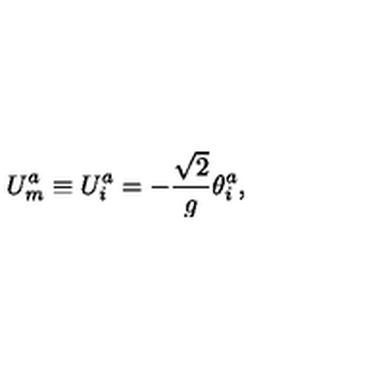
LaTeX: U _ { m } ^ { a } \equiv U _ { i } ^ { a } = - { \frac { \sqrt { 2 } } { g } } \theta _ { i } ^ { a } ,